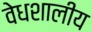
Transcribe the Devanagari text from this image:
वेधशालीय